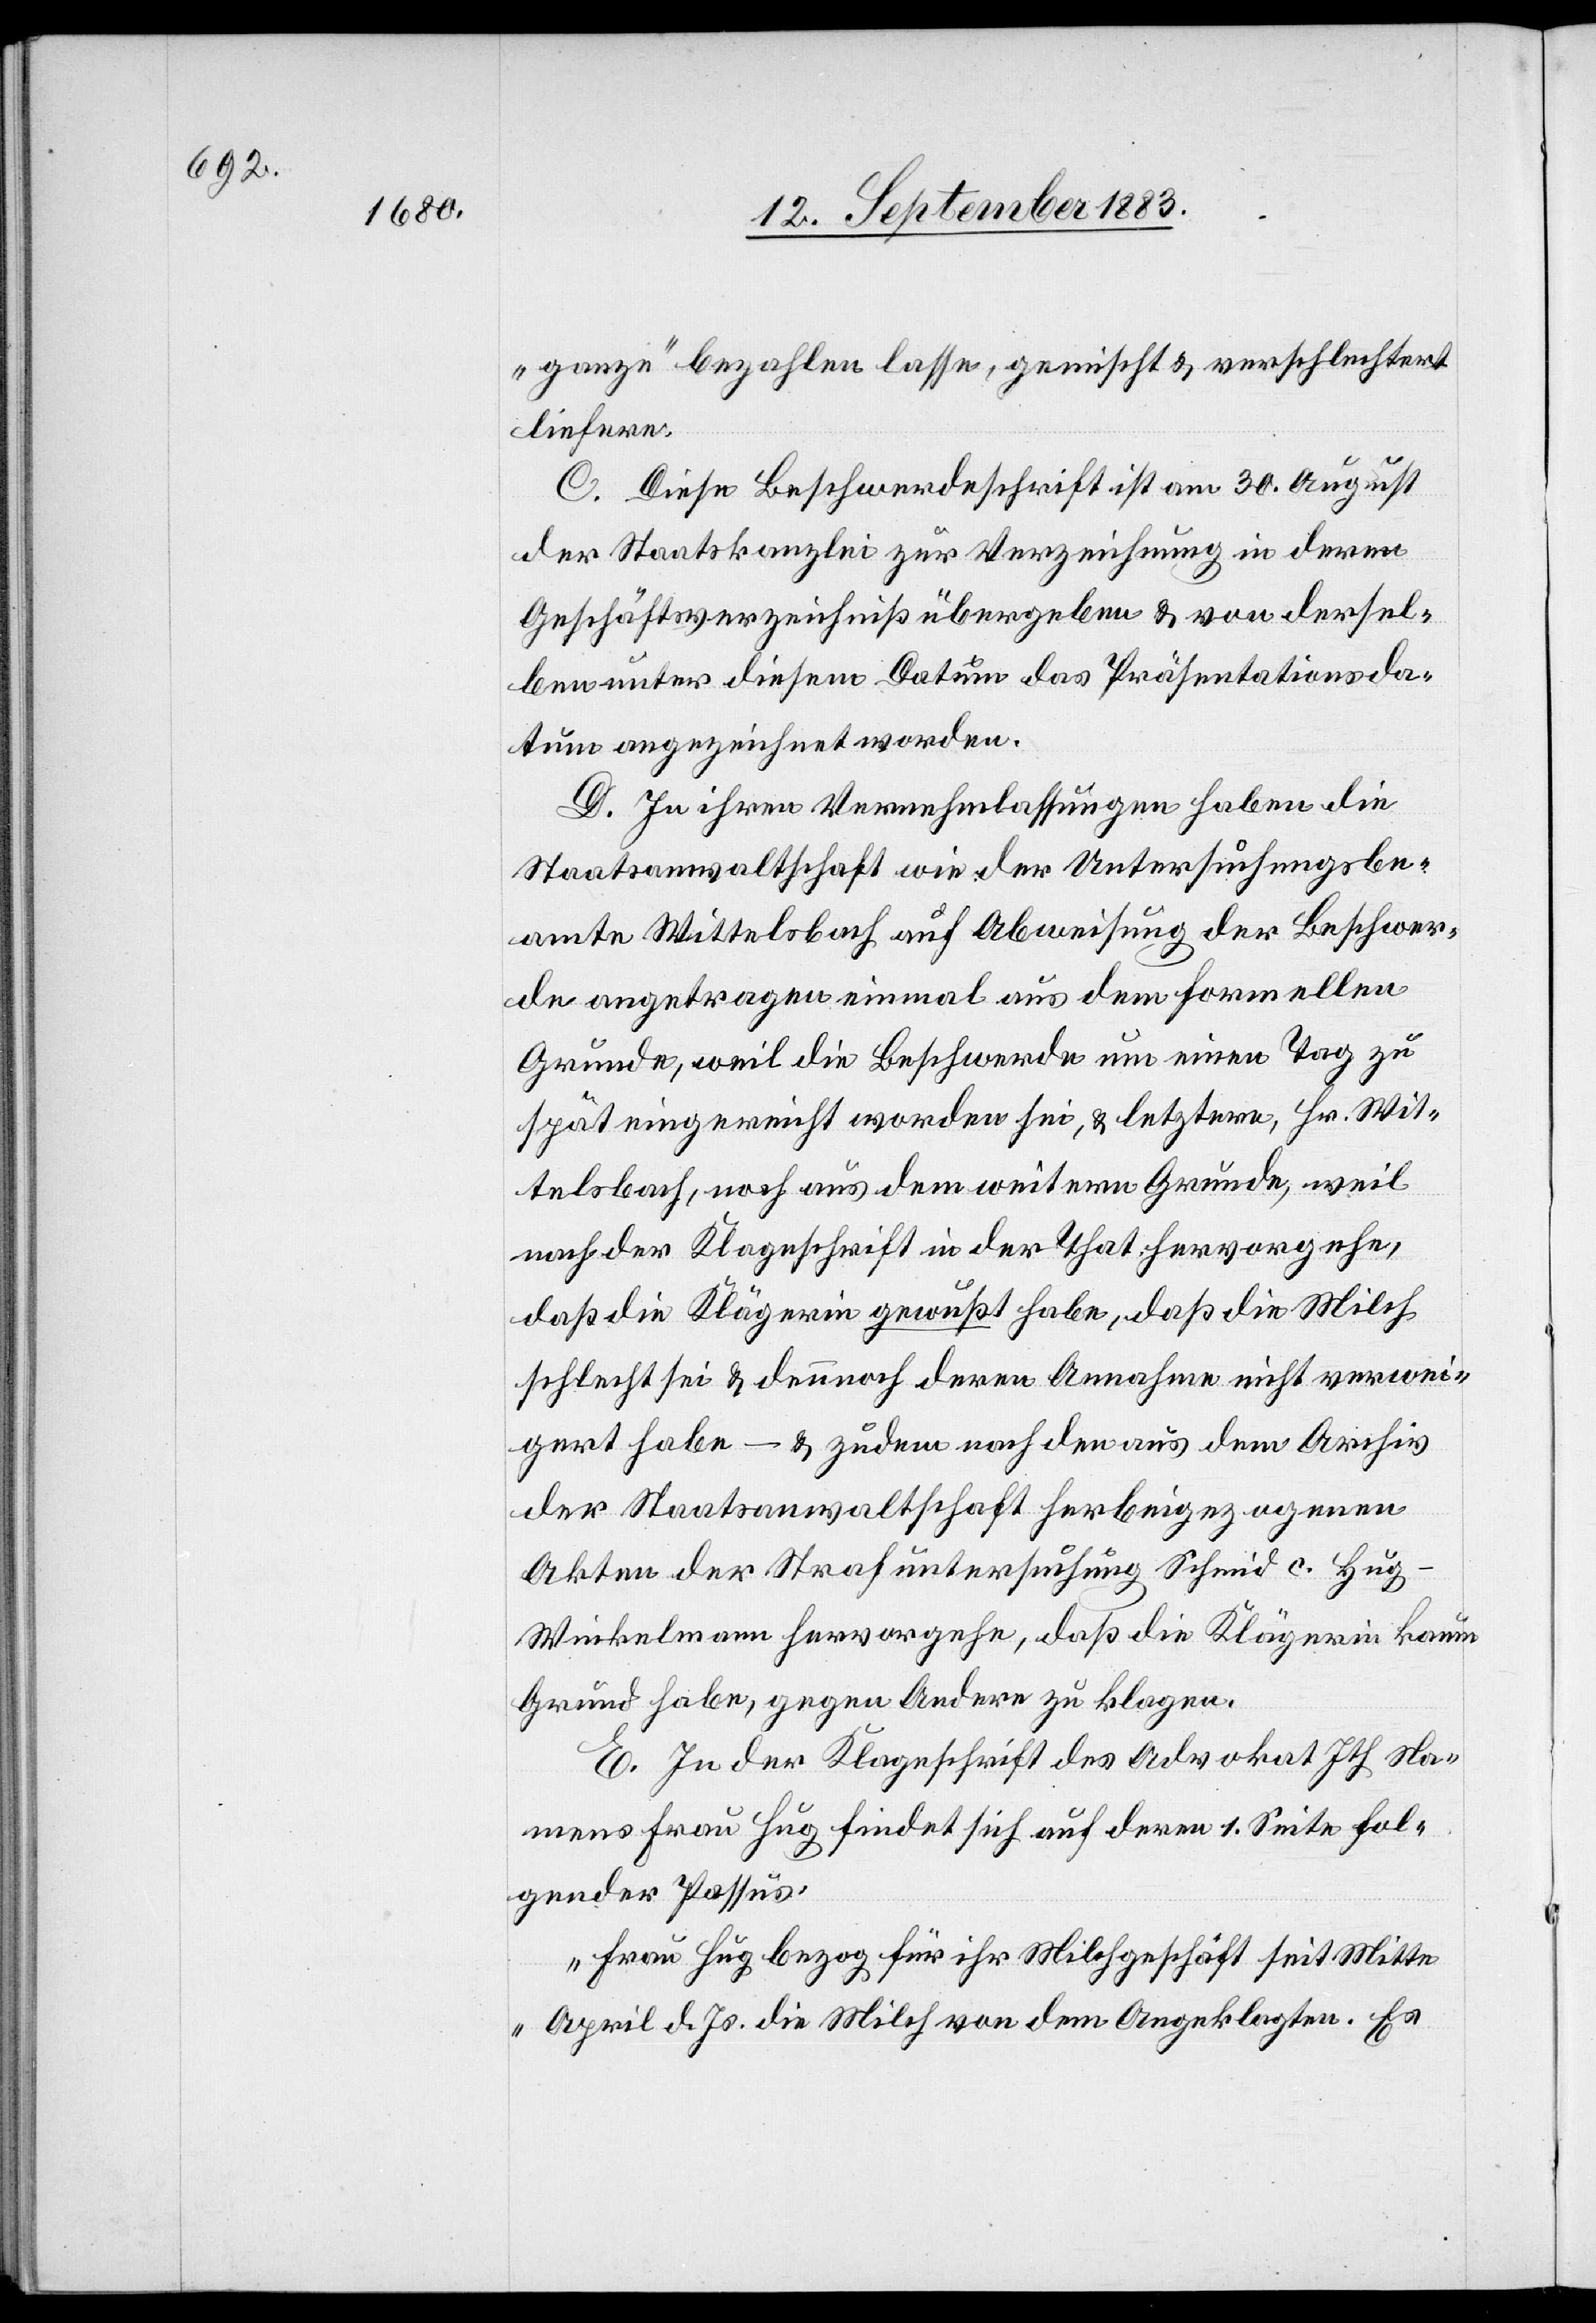
„ganze“ bezahlen lasse, gemischt & verschlechtert
liefere.
C. Diese Beschwerdeschrift ist am 30. August
der Staatskanzlei zur Verzeichnung in deren
Geschäftsverzeichniß übergeben & von dersel¬
ben unter diesem Datum das Präsentationsda¬
tum angezeichnet worden.
D. In ihren Vernehmlassungen haben die
Staatsanwaltschaft wie der Untersuchungsbe¬
amte Wittelsbach auf Abweisung der Beschwer¬
de angetragen einmal aus dem formellen
Grunde, weil die Beschwerde um einen Tag zu
spät eingereicht worden sei, & letztere[r], Hr. Wit¬
telsbach, noch aus dem weitern Grunde, weil
nach der Klageschrift in der That hervorgehe,
daß die Klägerin gewußt habe, daß die Milch
schlecht sei & dennoch deren Annahme nicht verwei¬
gert habe – & zudem nach den aus dem Archiv
der Staatsanwaltschaft herbeigezogenen
Akten der Strafuntersuchung Schmid c. Hu¬
g-Winkelmann hervorgehe, daß die Klägerin kaum
Grund habe, gegen Andere zu klagen.
E. In der Klageschrift des Advokat Ith Na¬
mens Frau Hug findet sich auf deren 1. Seite fol¬
gender Passus:
„Frau Hug bezog für ihr Milchgeschäft seit Mitte
April d. Js. die Milch von dem Angeklagten. Es